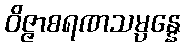
ဝိဇ္ဇာစရဏသမ္ပန္နေ